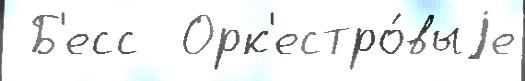
 Б'есс  Орк'естро́выjе